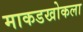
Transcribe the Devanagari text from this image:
माकडखोकला